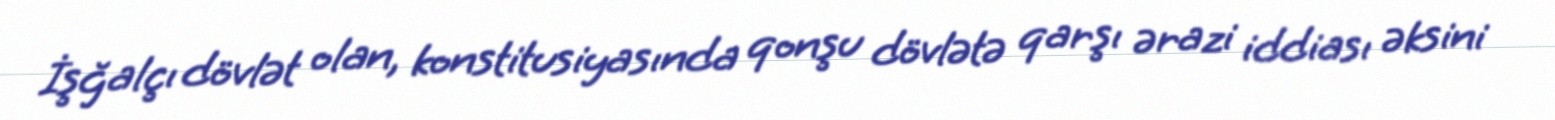
İşğalçı dövlət olan, konstitusiyasında qonşu dövlətə qarşı ərazi iddiası əksini